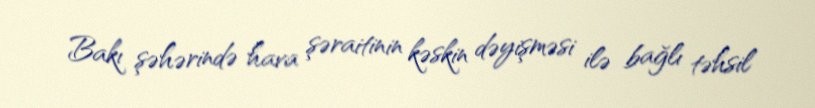
Bakı şəhərində hava şəraitinin kəskin dəyişməsi ilə bağlı təhsil